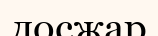
досжар